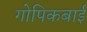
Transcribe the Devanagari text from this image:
गोपिकबाई